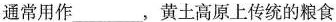
通常用作___，黄土高原上传统的粮食